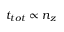
t _ { t o t } \propto n _ { z }